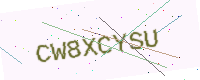
Text: CW8XCYSU